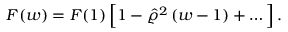
{ \cal F } ( w ) = { \cal F } ( 1 ) \, \Big [ 1 - \hat { \varrho } ^ { 2 } \, ( w - 1 ) + \dots \Big ] \, .